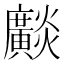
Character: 𤒼